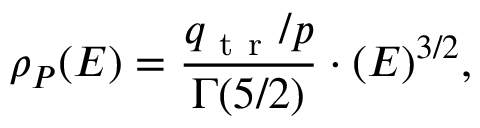
\rho _ { P } ( E ) = \frac { q _ { \mathrm { ~ t ~ r ~ } } / p } { \Gamma ( 5 / 2 ) } \cdot ( E ) ^ { 3 / 2 } ,